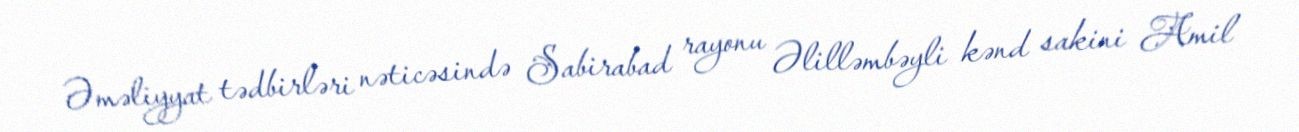
Əməliyyat tədbirləri nəticəsində Sabirabad rayonu Əlilləmbəyli kənd sakini Amil